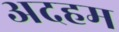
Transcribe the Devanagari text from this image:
अदहम